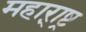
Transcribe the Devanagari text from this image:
महारा़्ष्ट्र